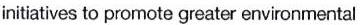
initiatives to prornote greater environmental